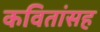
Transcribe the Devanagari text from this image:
कवितांसह